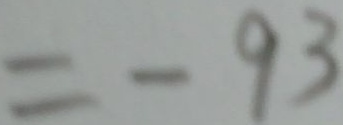
= - 9 3